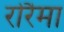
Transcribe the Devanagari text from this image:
रोरैमा